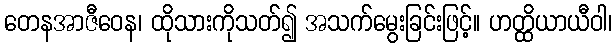
တေနအာဇီဝေန၊ ထိုသားကိုသတ်၍ အသက်မွေးခြင်းဖြင့်။ ဟတ္ထိယာယီဝါ၊